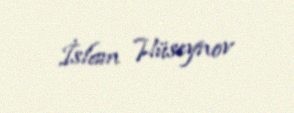
İslam Hüseynov